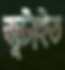
জুটাইত